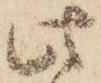
此